Annual report of the Imperial Bacteriologist
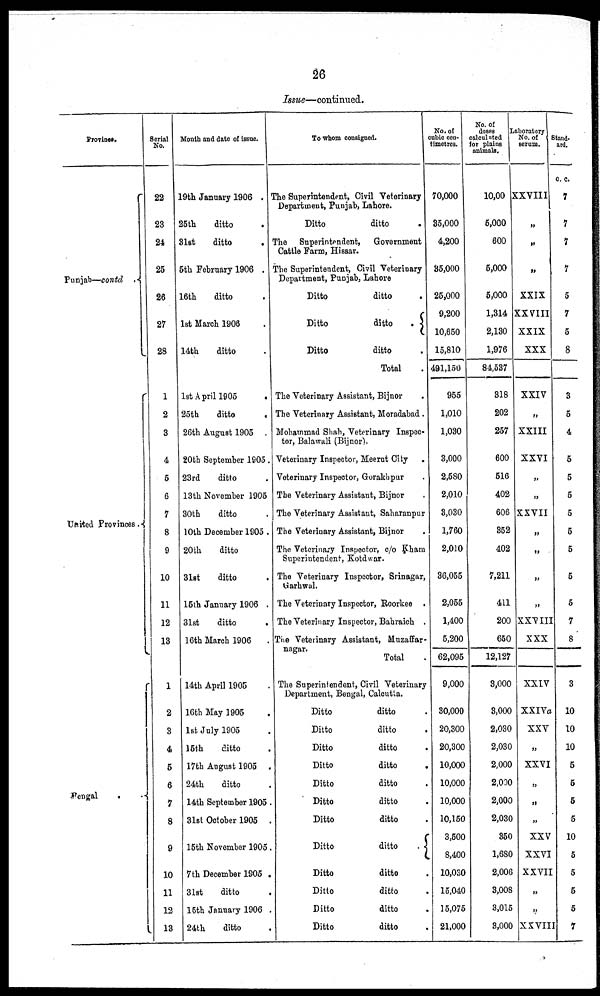
26
Issue—continued.
Province.
Punjab—contd .{
United Provinces.-
Bengal .{
Serial
No.
22
23
24
25
26
27
28
1
2
3
4
5
6
7
8
9
10
11
12
13
1
2
3
4
5
6
7
8
9
10
11
12
13
Month and date of issue.
19th January 1906 .
25th
ditto
31st
ditto
.
5th February 1906 .
16th
ditto
1st March 1906
14th
ditto
1st April 1905
.
25th
ditto
.
26th August 1905 .
20th September 1905.
23rd
ditto
13th November 1905
30th
ditto
10th December 1905 .
20th
ditto
31st
ditto
15th January 1906 .
31st
ditto
16th March 1906
14th April 1905
16th May 1905
1st July 1905
15th
ditto
17th August 1905 .
24th
ditto
14th September 1905.
31st October 1905 .
15th November 1905.
7th December 1905 .
31st
ditto
15th January 1906 .
24th
ditto
To whom consigned.
The Superintendent, Civil Veterinary
Department, Punjab, Lahore.
Ditto
ditto
.
The Superintendent, Government
Cattle Farm, Hissar.
The Superintendent, Civil Veterinary
Department, Punjab, Lahore
Ditto
ditto
.
Ditto
ditto
. {
Ditto
ditto
Total
The Veterinary Assistant, Bijnor
The Veterinary Assistant, Moradabad.
Mohammad Shah, Veterinary Inspec-
tor, Balawali (Bijnor).
Veterinary Inspector, Meerut City .
Veterinary Inspector, Gorakhpur
The Veterinary Assistant, Bijnor
The Veterinary Assistant, Saharanpur
The Veterinary Assistant, Bijnor
.
The Veterinary Inspector, c/o kham
Superintendent, Kotdwar.
The Veterinary Inspector, Srinagar,
Garhwal.
The Veterinary Inspector, Roorkee .
The Veterinary Inspector, Bahraich .
The Veterinary Assistant, Muzaffar-
nagar.
Total
The Superintendent, Civil Veterinary
Department, Bengal, Calcutta.
Ditto
ditto
Ditto
ditto
Ditto
ditto
Ditto
ditto
.
Ditto
ditto
.
Ditto
ditto
Ditto
ditto
Ditto
ditto
. {
Ditto
ditto
Ditto
ditto
Ditto
ditto
Ditto
ditto
.
No. of
cubic cen-
timetres.
70,000
35,000
4,200
35,000
25,000
9,200
10,650
15,810
491,150
955
1,010
1,030
3,000
2,580
2,010
3,030
1,760
2,010
36,055
2,055
1,400
5,200
62,095
9,000
30,000
20,300
20,300
10,000
10,000
10,000
10,150
3,500
8,400
10,030
15,040
15,075
21,000
No. of
doses
calculated
for plains
animals.
10,00
5,000
600
5,000
5,000
1,314
2,130
1,976
84,537
318
202
257
600
516
402
606
352
402
7,211
411
200
650
12,127
3,000
3,000
2,030
2,030
2,000
2,000
2,000
2,030
350
1,680
2,006
3,008
3,015
3,000
Laboratory
No. of
serum.
XXVIII
„
„
„
XXIX
XXVIII
XXIX
XXX
XXIV
„
XXIII
XXVI
„
„
XXVII
„
„
„
„
XXVIII
XXX
XXIV
XXIVa
XXV
„
XXVI
„
„
„
XXV
XXVI
XXVII
„
„
XXVIII
Stand-
ard.
c.c.
7
7
7
7
5
7
5
8
3
5
4
5
5
5
5
5
5
5
5
7
8
3
10
10
10
5
5
5
5
10
5
5
5
5
7